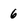
Character: 6